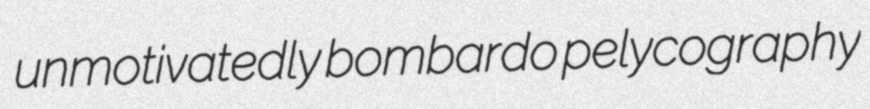
unmotivatedly bombardo pelycography